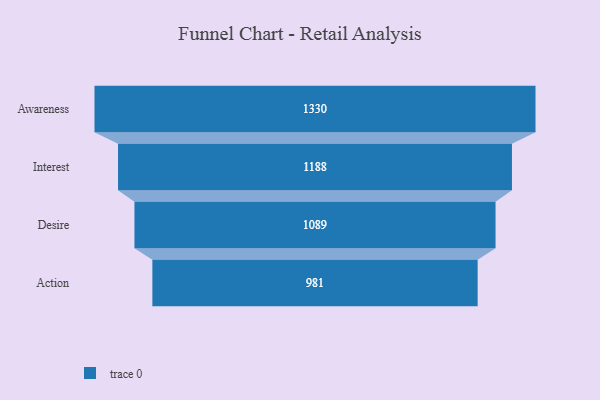
{"axis": {"x": "Stage", "y": "Value"}, "legend": [""], "data": [{"x": "Awareness", "y": 1330.0, "type": ""}, {"x": "Interest", "y": 1188.0, "type": ""}, {"x": "Desire", "y": 1089.0, "type": ""}, {"x": "Action", "y": 981.0, "type": ""}]}